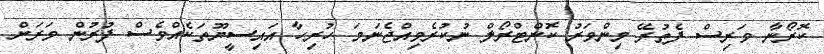
ކޮރޯނާ ވަރިސް ފެތުރޭ މިންވަރު ކޮންޓްރޯލް ނުކުރެވިއްޖެނަމަ ހުރިހާ އައިސީޔޫތަކެއްވެސް ފުރުން ވަރަށް